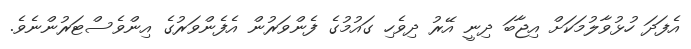
އެފަދަ ހުޅުވާލުމަކަށް އިޖާބަ ދިނީ އޭރު ދިވެހި ގައުމުގެ ފެންވަރުން އެފެންވަރުގެ އިންވެސްޓަރުންނެވެ.